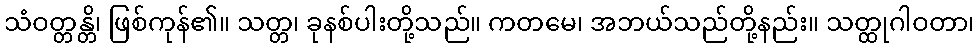
သံဝတ္တန္တိ၊ ဖြစ်ကုန်၏။ သတ္တ၊ ခုနစ်ပါးတို့သည်။ ကတမေ၊ အဘယ်သည်တို့နည်း။ သတ္ထုဂါဝတာ၊